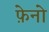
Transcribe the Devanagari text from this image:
फ़ेनो